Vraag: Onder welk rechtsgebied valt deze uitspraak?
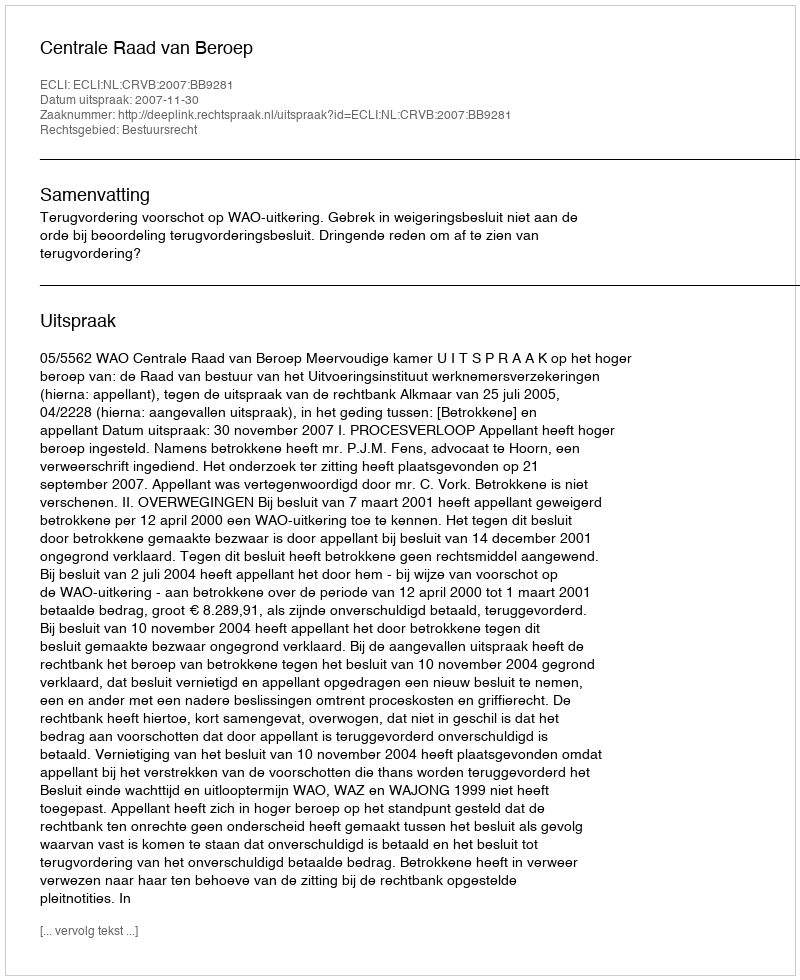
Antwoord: Bestuursrecht